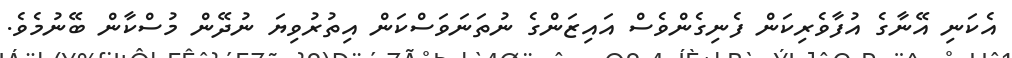
އެކަނި އޭނާގެ އުފާވެރިކަން ފެނިގެންވެސް އައިޒަންގެ ނުތަނަވަސްކަން އިތުރުވިޔަ ނުދޭން މުސްކާން ބޭނުމެވެ.